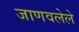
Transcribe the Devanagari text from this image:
जाणवलेले